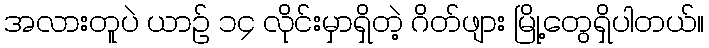
အလားတူပဲ ယာဉ် ၁၄ လိုင်းမှာရှိတဲ့ ဂိတ်ဖျား မြို့တွေရှိပါတယ်။